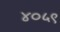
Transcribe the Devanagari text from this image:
४०५९